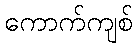
ကောက်ကျစ်